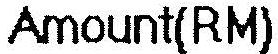
AMOUNT(RM)